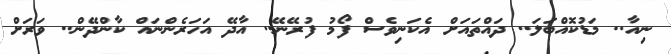
ނިއާ.. މަޑުކޮއްބަލަ.. ދައްތައަށް އެކަނިވެސް ފޯމު ފުރޭނޭ.. އާދޭ އަހަރެންނައް ކާންދޭން.. ވަރަށް